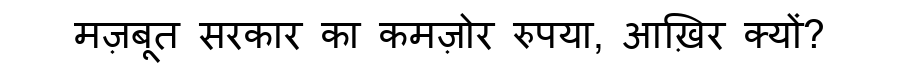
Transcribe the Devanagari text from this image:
मज़बूत सरकार का कमज़ोर रुपया, आख़िर क्यों?